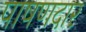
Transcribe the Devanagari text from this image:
पाषणदार